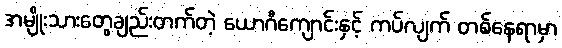
အမျိုးသားတွေချည်းတက်တဲ့ ယောဂီကျောင်းနှင့် ကပ်လျက် တစ်နေရာမှာ